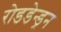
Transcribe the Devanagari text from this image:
रोडडेन्ड्रन